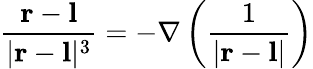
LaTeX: {\frac{\mathbf{r}-\mathbf{l}}{|\mathbf{r}-\mathbf{l}|^{3}}}=-\nabla\left({\frac{1}{|\mathbf{r}-\mathbf{l}|}}\right)